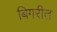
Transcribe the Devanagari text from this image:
बिगरीत